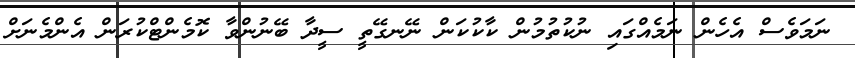
ނަމަވެސް އެހެން ނަމެއްގައި ނުކުތުމުން ކާކުކަން ނޭނގޭތީ ސީދާ ބޭނުންވާ ކޮމެންޓްކުރަން އެންމެނަށް